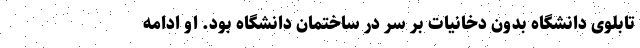
تابلوی دانشگاه بدون دخانیات بر سر در ساختمان دانشگاه بود. او ادامه